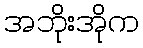
အဘိုးအိုက